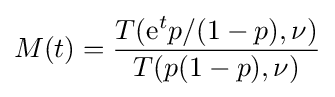
M(t)={\frac {T(\mathrm {e} ^{t}p/(1-p),\nu )}{T(p(1-p),\nu )}}